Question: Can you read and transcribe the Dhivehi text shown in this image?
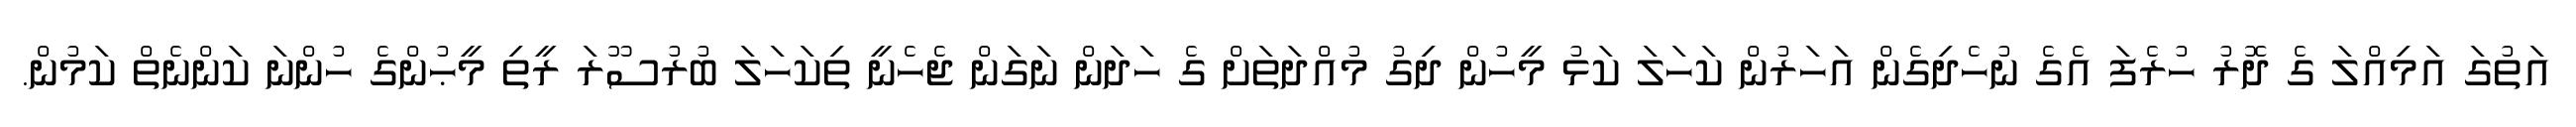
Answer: އަތުގަ އަމިއްލަ ގެ ދޮރު ހުރެފަ އެގެ ނުހެދިގެން އަހަރުން ކަހަލަ ކަޅު މީހުން ދިގު މުއްދަތަށް ގެ ހަދަން ނަގަން ޖެހެނީ ތިކަހަލަ ބުރުސޫރަ ރީތި މީޙުންގެ ހުންނަ ކަންނެތް ކަމުން.